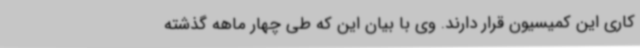
کاری این کمیسیون قرار دارند. وی با بیان این که طی چهار ماهه گذشته